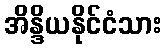
အိန္ဒိယနိုင်ငံသား